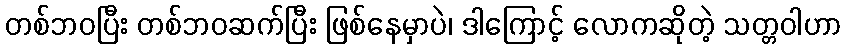
တစ်ဘဝပြီး တစ်ဘဝဆက်ပြီး ဖြစ်နေမှာပဲ၊ ဒါကြောင့် လောကဆိုတဲ့ သတ္တဝါဟာ